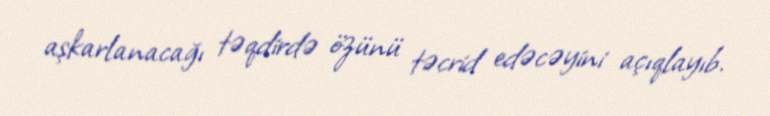
aşkarlanacağı təqdirdə özünü təcrid edəcəyini açıqlayıb.